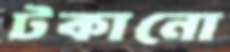
টকানো